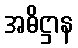
အဓိဋ္ဌာန